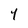
Character: 4